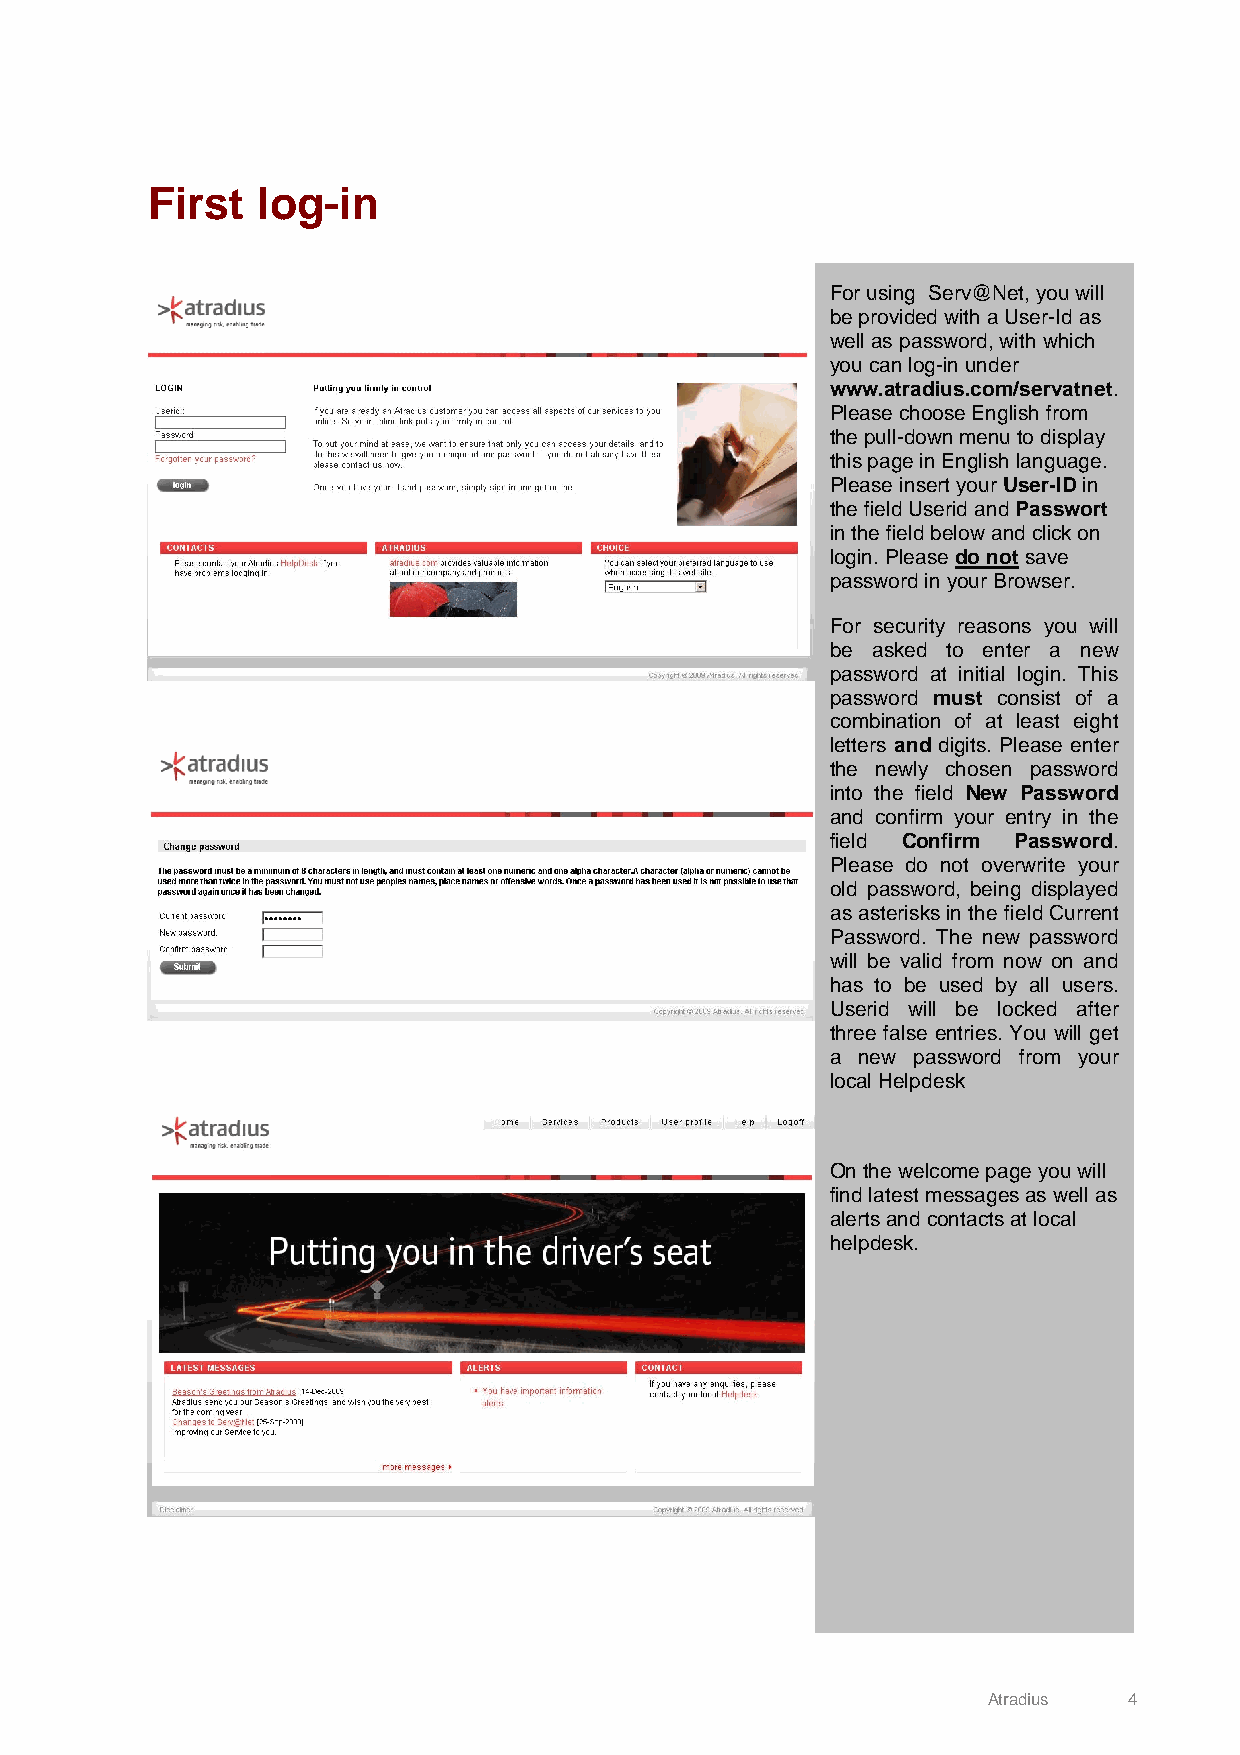
First  log-in
 For using Serv@Net, you will
 be provided with a User-Id as
 well as password, with which
 you can log-in under
 www.atradius.com/servatnet.
 Please choose English from
 the pull-down menu to display
 this page in English language.
 Please insert your User-ID in
 the field Userid and Passwort
 in the field below and click on
 login. Please do not save
 password in your Browser.
 For security reasons you will
 be asked to enter a new
 password at initial login. This
 password must consist of a
 combination of at least eight
 letters and digits. Please enter
 the newly chosen password
 into the field New Password
 and confirm your entry in the
 field Confirm Password.
 Please do not overwrite your
 old password, being displayed
 as asterisks in the field Current
 Password. The new password
 will be valid from now on and
 has to be used by all users.
 Userid will be locked after
 three false entries. You will get
 a new password from your
 local Helpdesk
 On the welcome page you will
 find latest messages as well as
 alerts and contacts at local
 helpdesk.
 Atradius  4